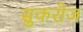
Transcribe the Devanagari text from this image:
सुकरोज